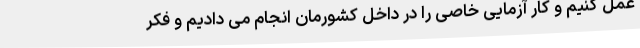
عمل کنیم و کار آزمایی خاصی را در داخل کشورمان انجام می دادیم و فکر